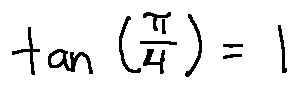
\tan ( \frac { \pi } { 4 } ) = 1